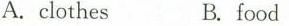
A.clothes B. food